38_143685_box7_Incident_Summaries_1-100
Agency: Department of War
Page 192
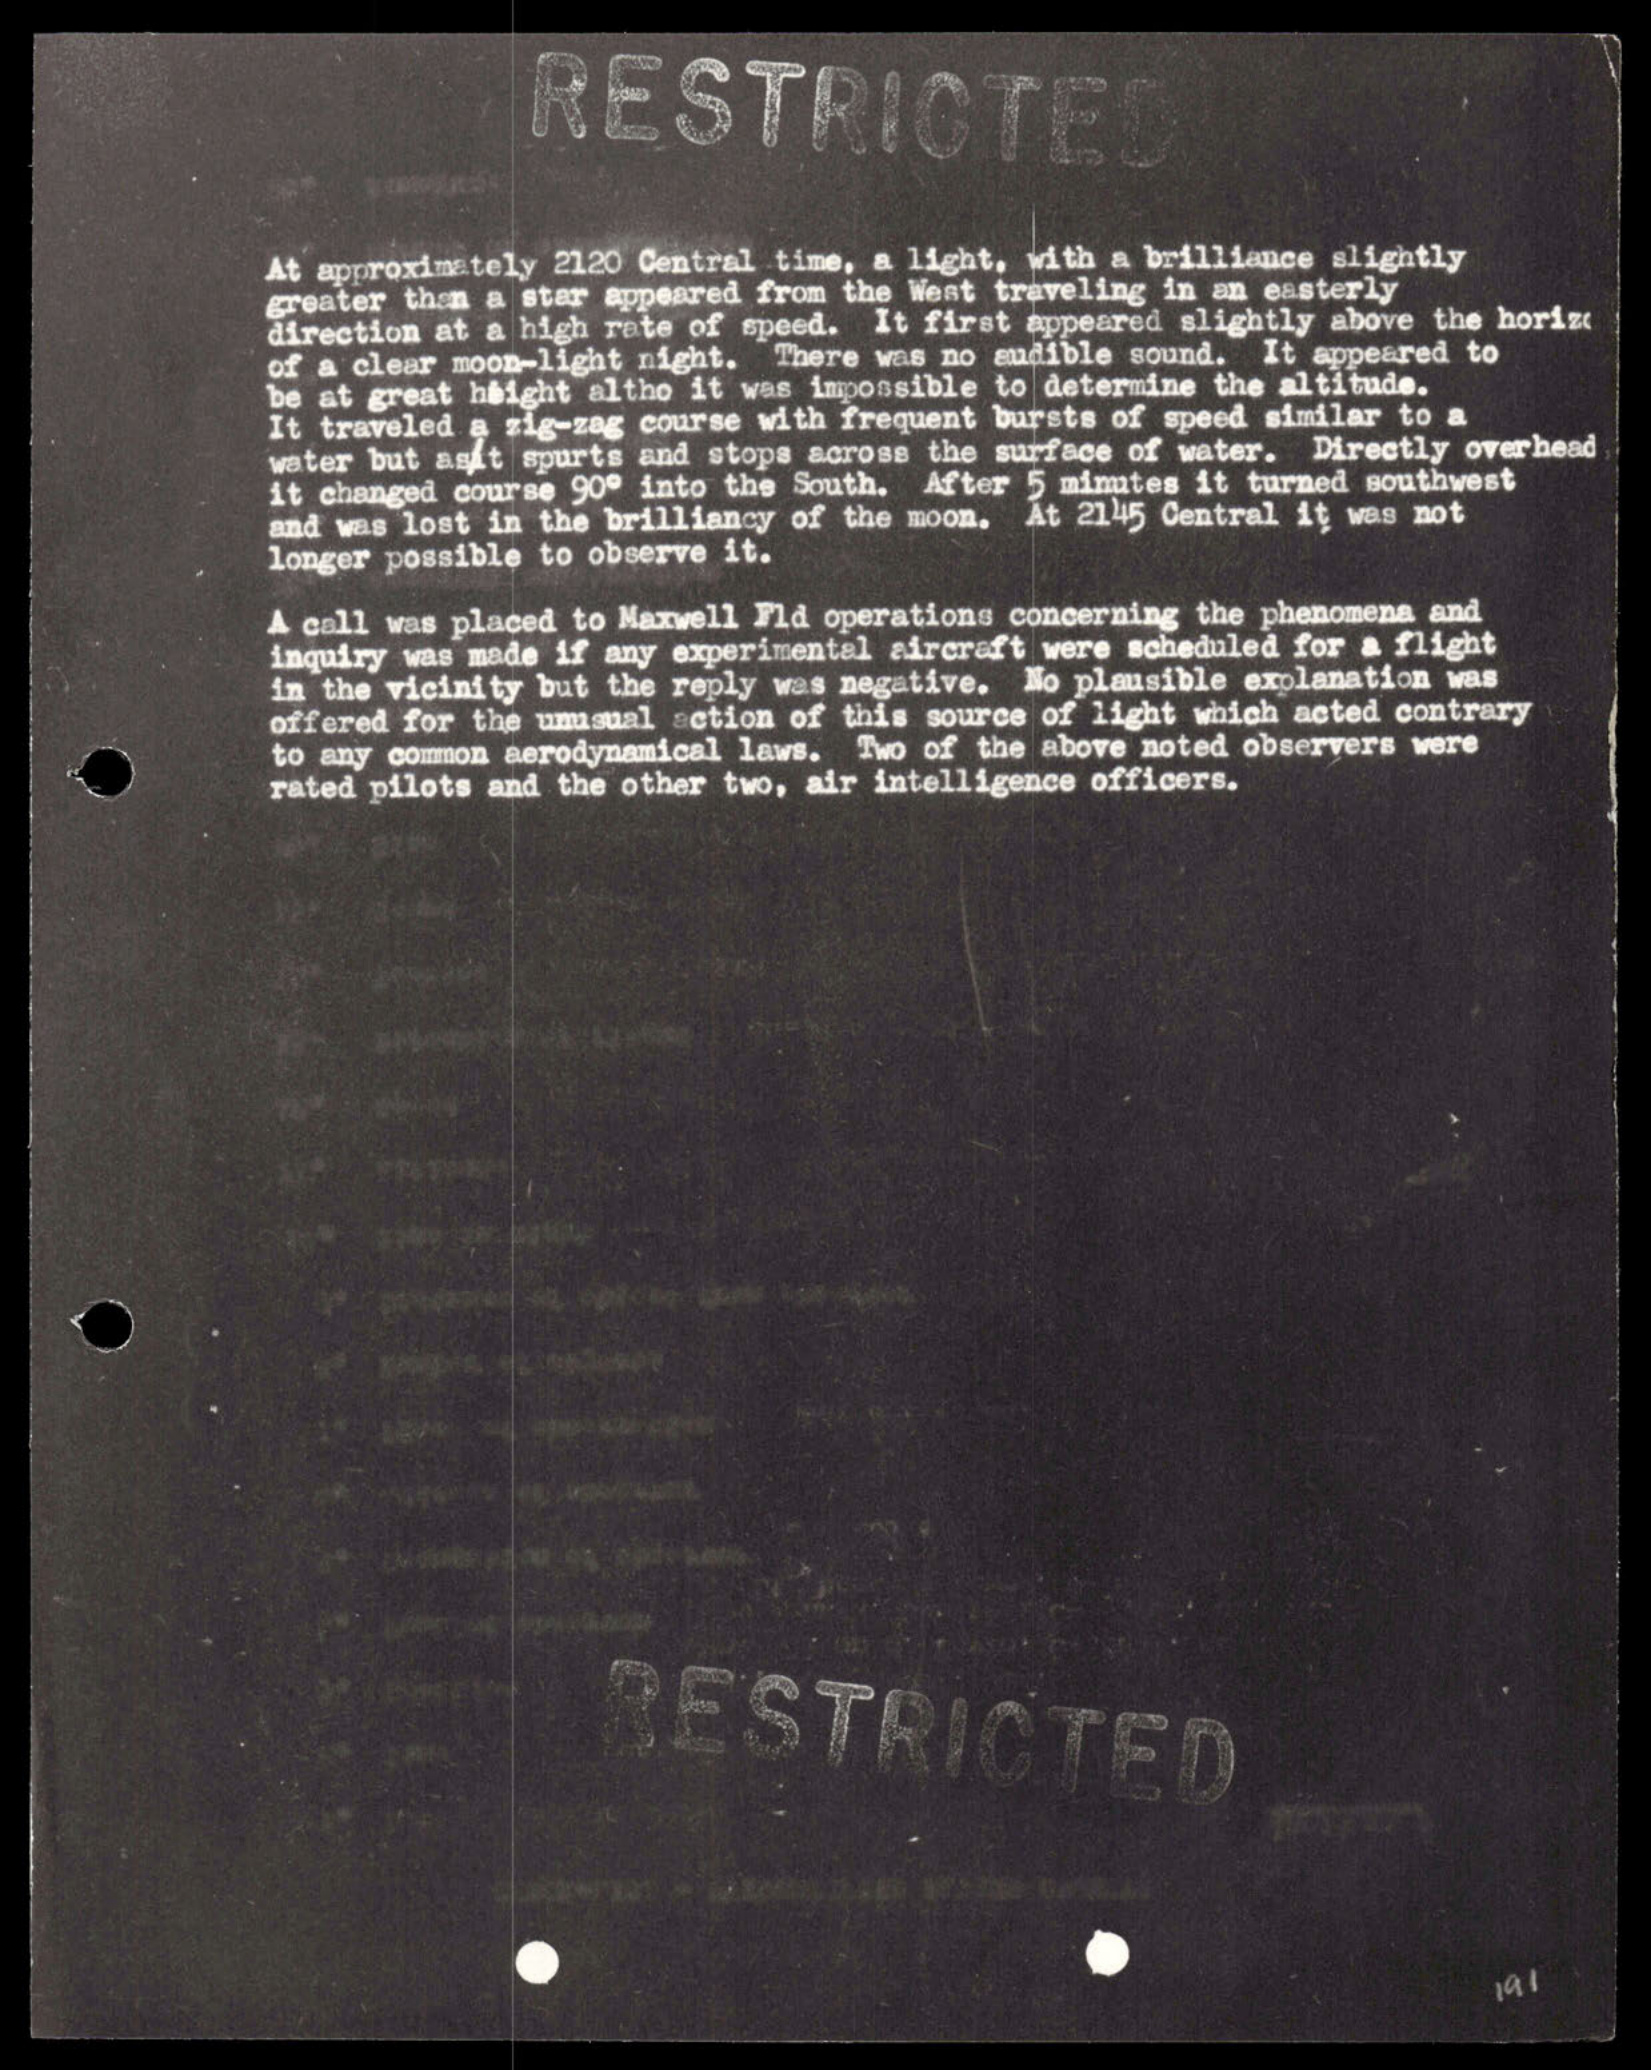